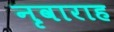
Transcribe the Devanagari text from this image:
नृवाराह